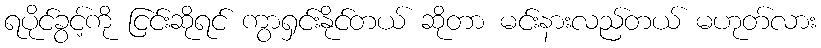
ရပိုင်ခွင့်ကို ငြင်းဆိုရင် ကွာရှင်းနိုင်တယ် ဆိုတာ မင်းနားလည်တယ် မဟုတ်လား